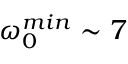
\omega _ { 0 } ^ { m i n } \sim 7